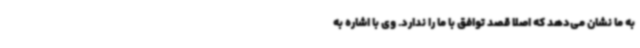
به ما نشان می‌دهد که اصلاً قصد توافق با ما را ندارد. وی با اشاره به